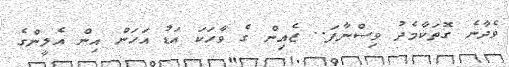
ވެދާނެ ގޮތަކާމެދު ވިސްނާފަ.. ޒެއިން ގެ ވާހަކަ އަޑު އަހަން އިން އެލީންގެ